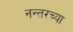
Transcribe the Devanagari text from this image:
नन्तरच्या